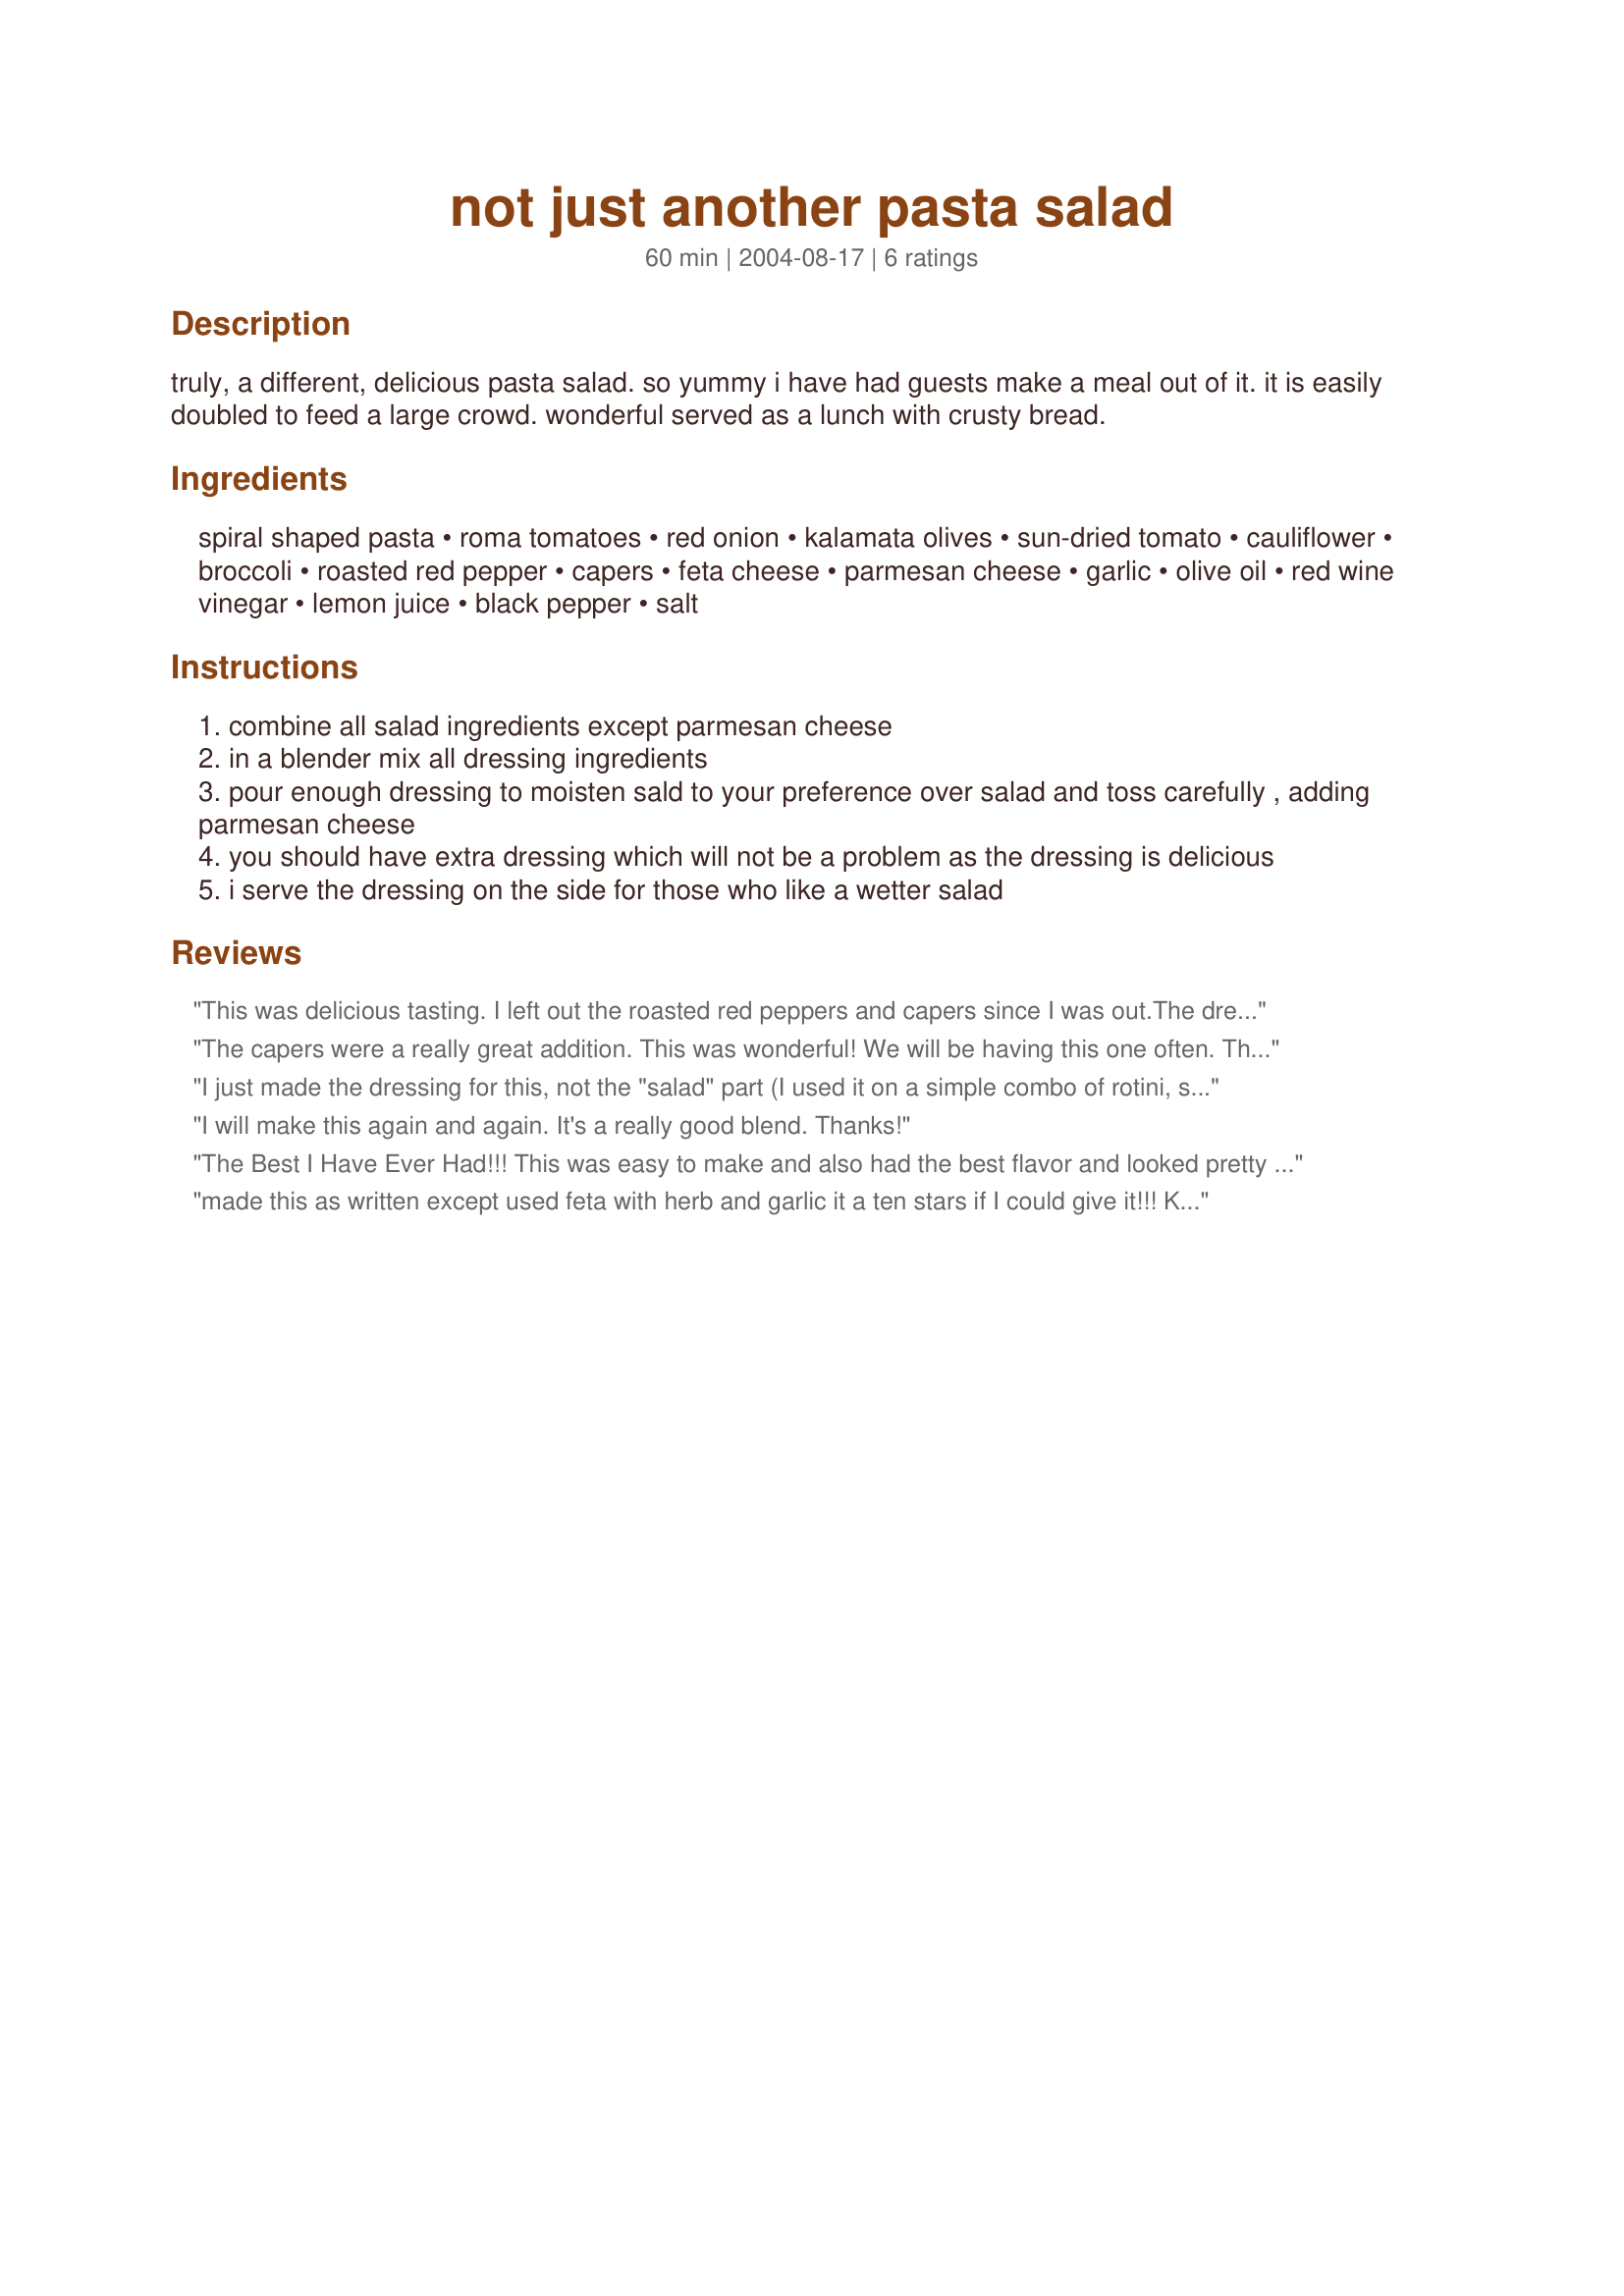
not just another pasta salad
Preparation time: 60 minutes

truly, a different, delicious pasta salad. so yummy i have had guests make a meal out of it. it is easily doubled to feed a large crowd. wonderful served as a lunch with crusty bread.

Ingredients:
spiral shaped pasta, roma tomatoes, red onion, kalamata olives, sun-dried tomato, cauliflower, broccoli, roasted red pepper, capers, feta cheese, parmesan cheese, garlic, olive oil, red wine vinegar, lemon juice, black pepper, salt

Steps:
combine all salad ingredients except parmesan cheese
in a blender mix all dressing ingredients
pour enough dressing to moisten sald to your preference over salad and toss carefully , adding parmesan cheese
you should have extra dressing which will not be a problem as the dressing is delicious
i serve the dressing on the side for those who like a wetter salad

Reviews:
This was delicious tasting. I left out the roasted red peppers and capers since I was out.The dressing tastes like it came from a good deli. I did leave the garlic out (since we ate a garlicky dressing every night this week), but loved it without, despite being a garlic lover. The dressing's lemon juice and red wine vinegar combine beautifully (don't skimp on the fresh lemon juice!).I marinated the veggies in the dressing for about 10 minutes first, before mixing in the pasta. The rest of the family enjoyed it, too (great way to get them to eat the broccoli and cauliflower). This would go over well for pot-lucks. Love the photo, too!

Roxygirl in Colo.
The capers were a really great addition. This was wonderful! We will be having this one often. Thanks!
I just made the dressing for this, not the "salad" part (I used it on a simple combo of rotini, shredded carrot, fresh red pepper, black olives, and broccoli). It was a nice base, but I had to add lots of oregano, basil, and extra black pepper to get much of a flavor punch. I think it would taste better with the salad as written because there are a lot of flavorful ingredients, but for me, it needed something more. :) Thank you very much for a good dressing base!
I will make this again and again. It's a really good blend. Thanks!
The Best I Have Ever Had!!! This was easy to make and also had the best flavor and looked pretty too!!! Thanks for the great post, I will be making this again and again!
made this as written except used feta with herb and garlic it a ten stars if I could give it!!! Kelly N
